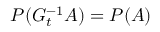
P ( G _ { t } ^ { - 1 } A ) = P ( A )